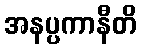
အနပ္ပကာနီတိ